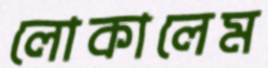
লোকালেম